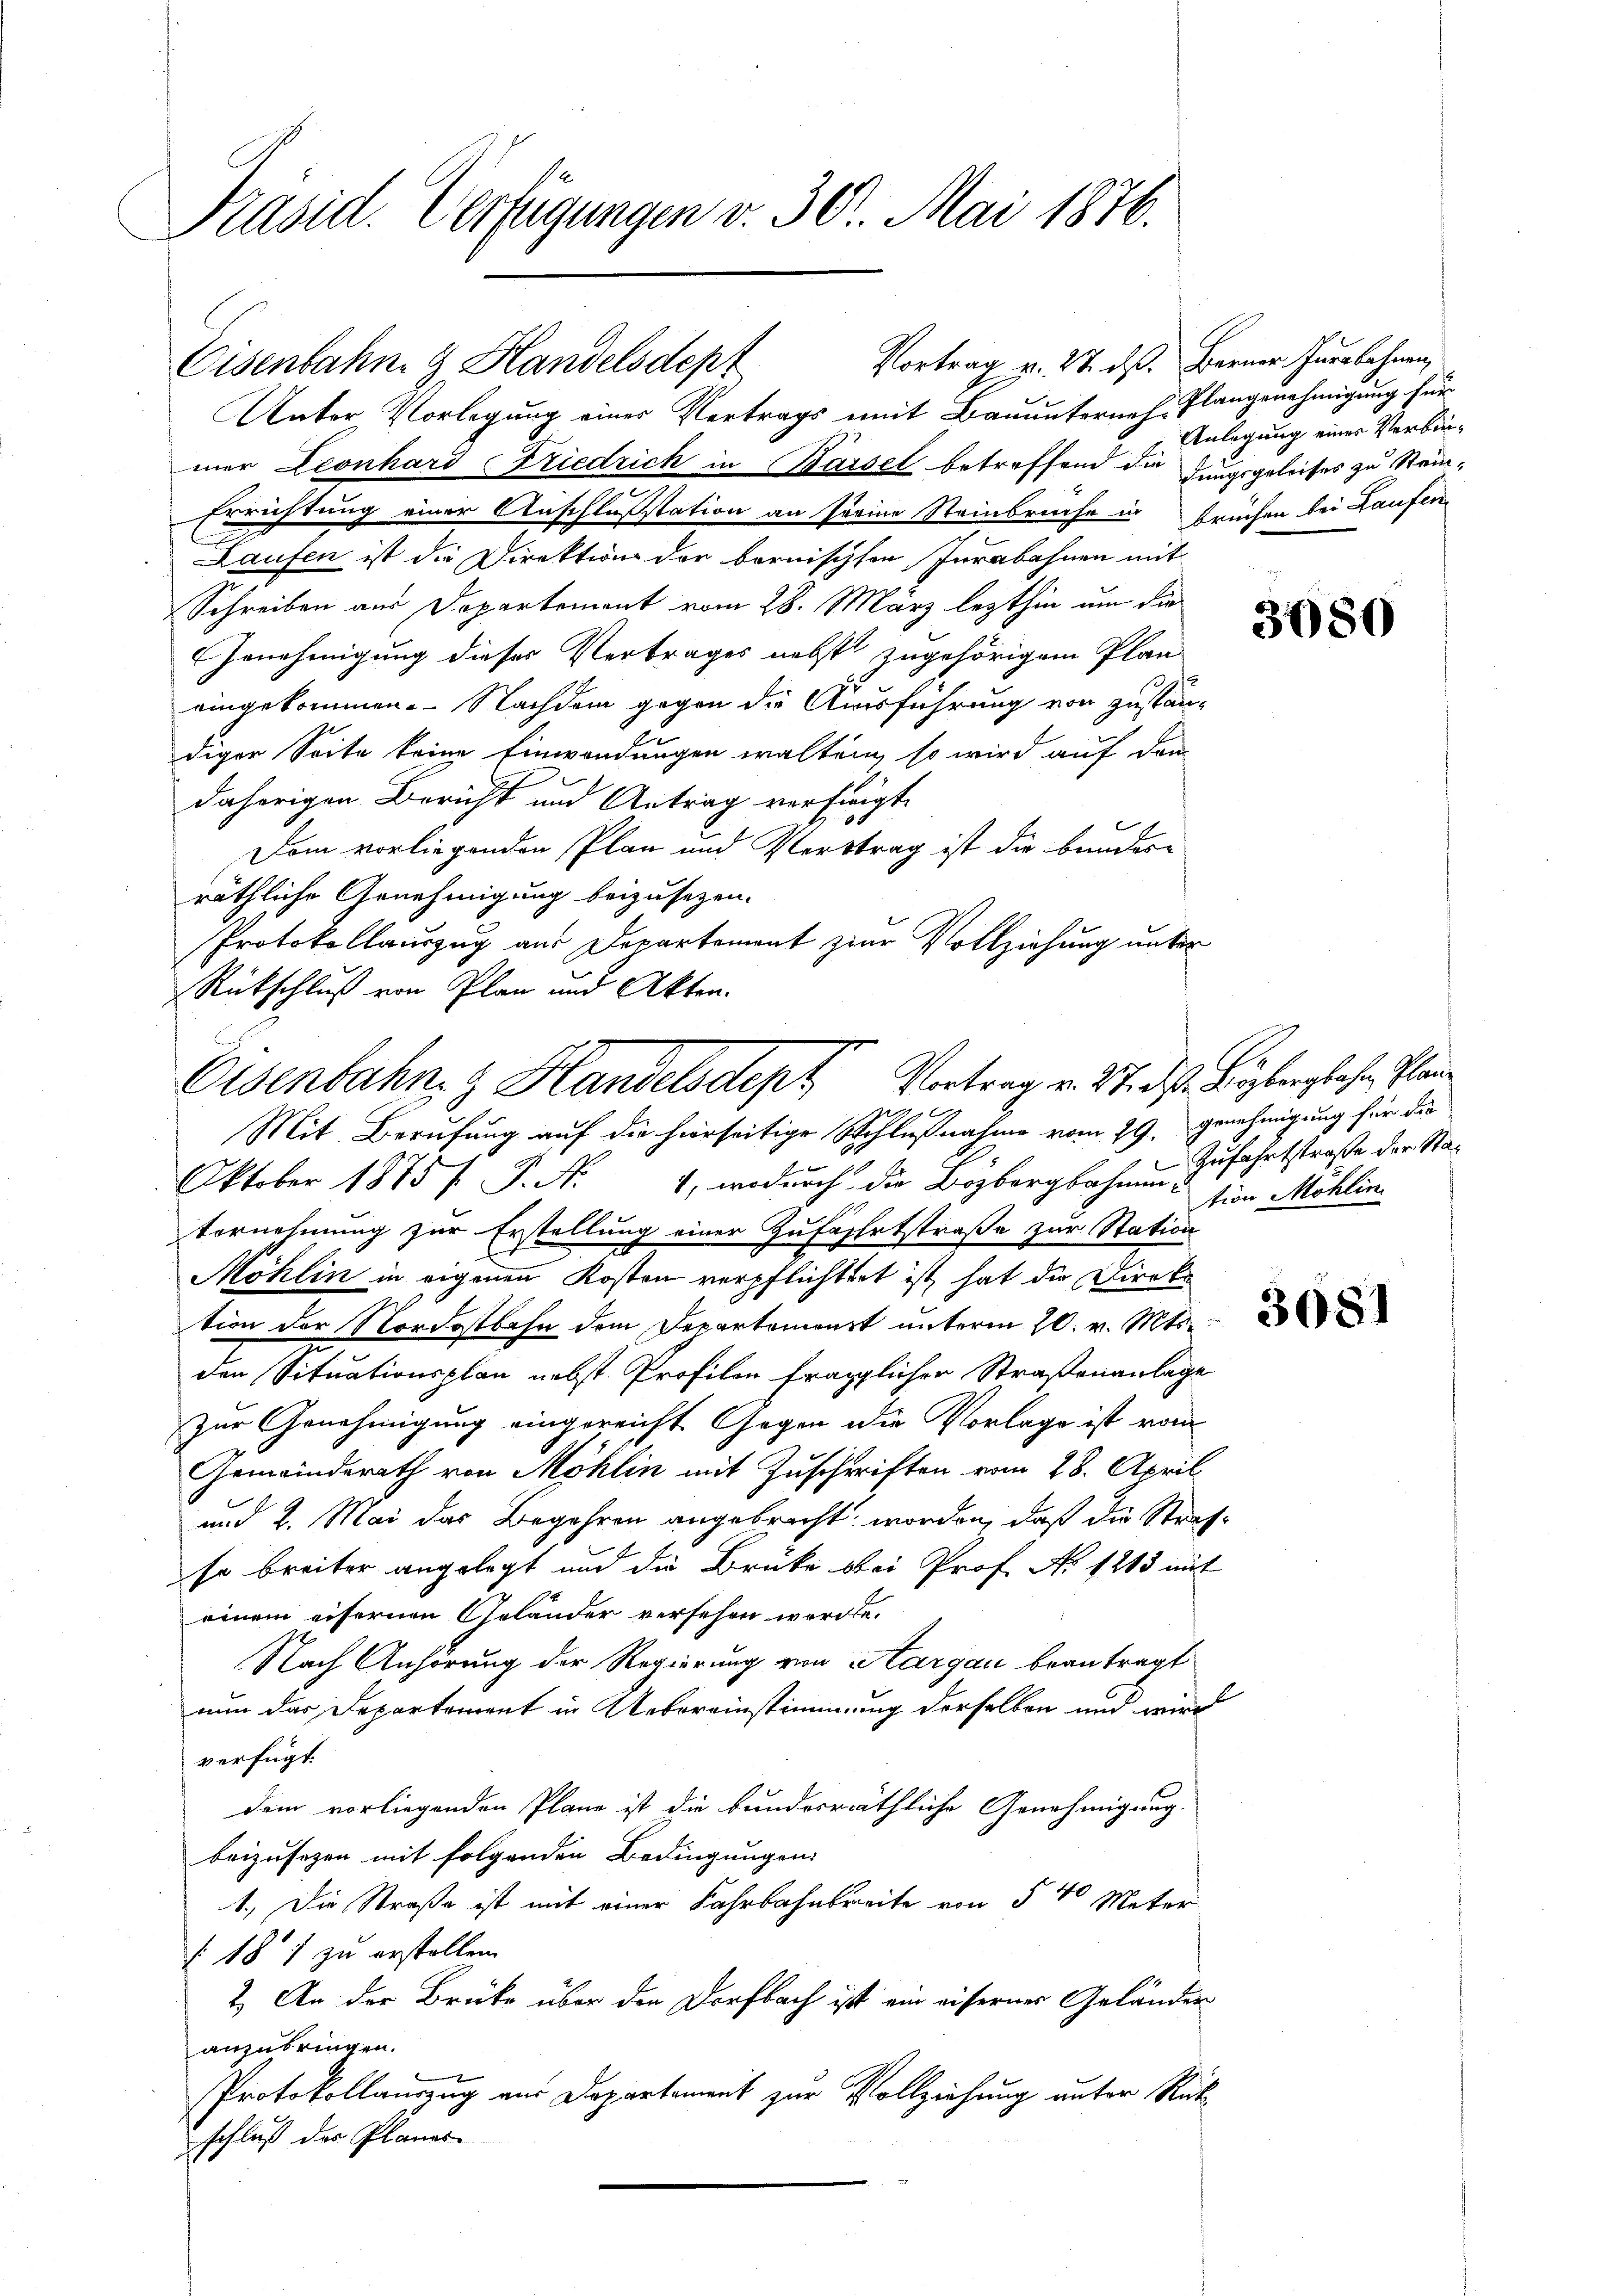
Präsid. Verfügungen v. 30. Mai 1876.

Eisenbahn. G. Handelsdept
Unter Vorlegung einer Vertrags mit Bauunterneh-Plangenehmigung für
mer Leonhard Friedrich in Basel betreffend die dungsgeleises zu Stei¬
Errichtung einer Anschlusstation an seine Steinbruche in Früchen bei Laufen
u
Laufen ist die Direktion der bernischten Jurabahnen mit
Schreiben aus Departement vom 28. März lezthin um die
Genehmigung dieses Vertrages nebst zugehörigem Plan-
eingekommen. Nachdem gegen die Ausführung von zuständiger Seite keine Einwendungen walten, so wird auf dem
daherigen Bericht und Antrag verfügt,
Dem vorliegenden Plan und Verstrag ist die bunder-
räthliche Genehmigung beizusetzen.
Protokollauszug aus Departement zur Vollziehung unter
Rückschluß von Plan und Akten.
Mit Berufung auf die hierseitige Schlußnahme vom 29. Genehmigung für die
f
Oktober 1875 f. P. Nr. 4, wodurch die Bözbergbahnun-
tornehmung zur Erstellung einer Zufassetstraße zur Station
Möhlin in eigenen Kosten verpflichttet ist, hat die Direk
tion der Nordostbahn dem Departement unterm 20. v. Mts.
den Situationsplan nebst Profilen fraglicher Straßenanlage
zur Genehmigung eingereicht Gegen die Vorlage ist vom
Gemeinderath von Möhlin mit Zuschriften vom 28. April
und 2. Mai das Begehren angebracht worden, daß die Strafso breiter angelegt und die Brücke bei Prof. No 1215 mit
einem eifernen Geländer versehen werden.
Nach Anhörung der Regierung von Aargau beantragt
nun das Departement in Uebereinstimmung derselben und wird
verfügt:
dem vorliegenden Pläne ist die bunderräthliche Genehmigung.
beizusehen mit folgenden Bedingungen
1.) Die Straße ist mit einer Fahrbahnbreite von 5 t Mater
187 zu erstellen.
2.) An der Brüke über den Dorfbach ist ein eiserner Geländer
anzubringen.
Protokollauszug aus Departement zur Vollziehung unter Rückschluß der Planes

Eisenbahng Handelsdept Vortrag v. 27. d. Beyberglichen Pläne

Vortrag u. 27. dß. Berner Inerlehnen,

x

Anlegung eines Verbin¬

3080

Zufahrtstraße der Stad
tion Möhlin

3681